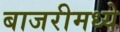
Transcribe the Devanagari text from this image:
बाजरीमध्ये